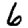
Digit: 6